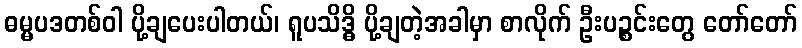
ဓမ္မပဒတစ်ဝါ ပို့ချပေးပါတယ်၊ ရူပသိဒ္ဓိ ပို့ချတဲ့အခါမှာ စာလိုက် ဦးပဉ္စင်းတွေ တော်တော်